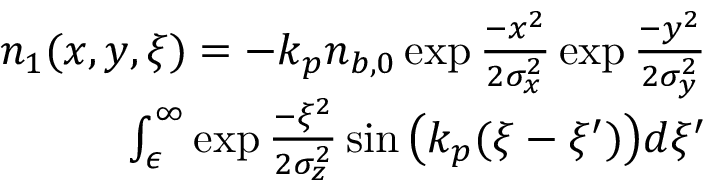
\begin{array} { r } { n _ { 1 } ( x , y , \xi ) = - k _ { p } n _ { b , 0 } \exp { \frac { - x ^ { 2 } } { 2 \sigma _ { x } ^ { 2 } } } \exp { \frac { - y ^ { 2 } } { 2 \sigma _ { y } ^ { 2 } } } } \\ { \int _ { \epsilon } ^ { \infty } \exp { \frac { - \xi ^ { 2 } } { 2 \sigma _ { z } ^ { 2 } } } \sin { \left( k _ { p } ( \xi - \xi ^ { \prime } ) \right) } d \xi ^ { \prime } } \end{array}